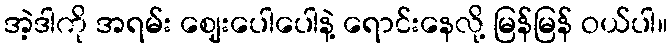
အဲ့ဒါကို အရမ်း ဈေးပေါပေါနဲ့ ရောင်းနေလို့ မြန်မြန် ဝယ်ပါ။